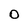
Character: 0